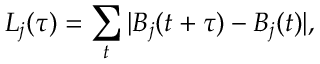
L _ { j } ( \tau ) = \sum _ { t } | B _ { j } ( t + \tau ) - B _ { j } ( t ) | ,